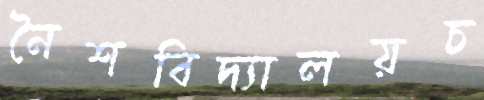
নৈশবিদ্যালয়চ